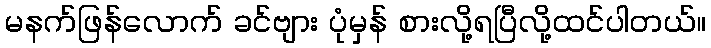
မနက်ဖြန်လောက် ခင်ဗျား ပုံမှန် စားလို့ရပြီလို့ထင်ပါတယ်။